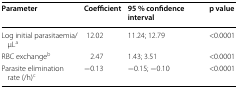
| Parameter | Coefficient | 95 % confidence interval | p value |
 | --- | --- | --- | --- |
 | Log initial parasitaemia/μLa | 12.02 | 11.24; 12.79 | <0.0001 |
 | RBC exchangeb | 2.47 | 1.43; 3.51 | <0.0001 |
 | Parasite elimination rate (/h)c | −0.13 | −0.15; −0.10 | <0.0001 |